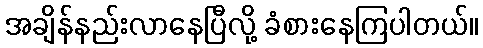
အချိန်နည်းလာနေပြီလို့ ခံစားနေကြပါတယ်။